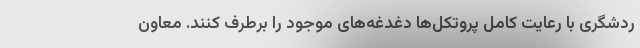
ردشگری با رعایت کامل پروتکل‌ها دغدغه‌های موجود را برطرف کنند. معاون